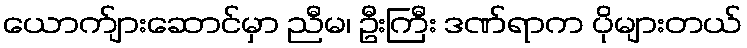
ယောက်ျားဆောင်မှာ ညီမ၊ ဦးကြီး ဒဏ်ရာက ပိုများတယ်